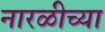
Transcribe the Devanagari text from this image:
नारळीच्या